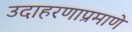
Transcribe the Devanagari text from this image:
उदाहरणाप्रमाणे